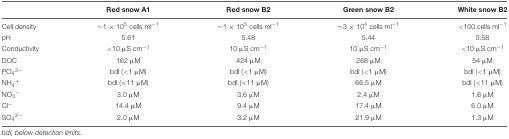
<table><thead><tr><td></td><td><b>Red snow A1</b></td><td><b>Red snow B2</b></td><td><b>Green snow B2</b></td><td><b>White snow B2</b></td></tr></thead><tbody><tr><td>Cell density</td><td>∼1 × 10<sup>5</sup> cells ml<sup>-1</sup></td><td>∼1 × 10<sup>5</sup> cells ml<sup>-1</sup></td><td>∼3 × 10<sup>4</sup> cells ml<sup>-1</sup></td><td>&lt;100 cells ml<sup>-1</sup></td></tr><tr><td>pH</td><td>5.61</td><td>5.48</td><td>5.44</td><td>5.58</td></tr><tr><td>Conductivity</td><td>&lt;10 μS cm<sup>-1</sup></td><td>10 μS cm<sup>-1</sup></td><td>10 μS cm<sup>-1</sup></td><td>&lt;10 μS cm<sup>-1</sup></td></tr><tr><td>DOC</td><td>162 μM</td><td>424 μM</td><td>268 μM</td><td>54 μM</td></tr><tr><td>PO<sub>4</sub><sup>3-</sup></td><td>bdl (&lt;1 μM)</td><td>bdl (&lt;1 μM)</td><td>bdl (&lt;1 μM)</td><td>bdl (&lt;1 μM)</td></tr><tr><td>NH<sub>4</sub><sup>+</sup></td><td>bdl (&lt;11 μM)</td><td>bdl (&lt;11 μM)</td><td>66.5 μM</td><td>bdl (&lt;11 μM)</td></tr><tr><td>NO<sub>3</sub><sup>-</sup></td><td>3.0 μM</td><td>3.6 μM</td><td>2.4 μM</td><td>1.6 μM</td></tr><tr><td>Cl<sup>-</sup></td><td>14.4 μM</td><td>9.4 μM</td><td>17.4 μM</td><td>6.0 μM</td></tr><tr><td>SO<sub>4</sub><sup>2-</sup></td><td>2.0 μM</td><td>3.2 μM</td><td>21.9 μM</td><td>1.3 μM</td></tr></tbody></table>